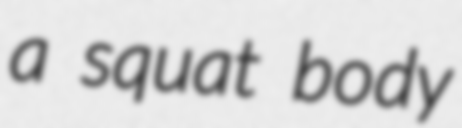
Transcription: a squat body